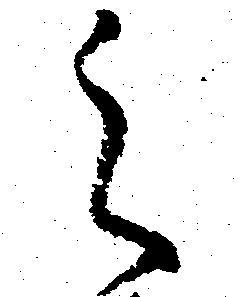
之